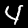
Digit: 4